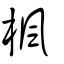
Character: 楓